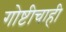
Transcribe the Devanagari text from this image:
गोष्टीचाही